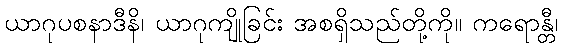
ယာဂုပစနာဒီနိ၊ ယာဂုကျိုခြင်း အစရှိသည်တို့ကို။ ကရောန္တီ၊